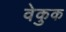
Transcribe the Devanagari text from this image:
वेकुक